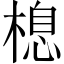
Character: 㮩